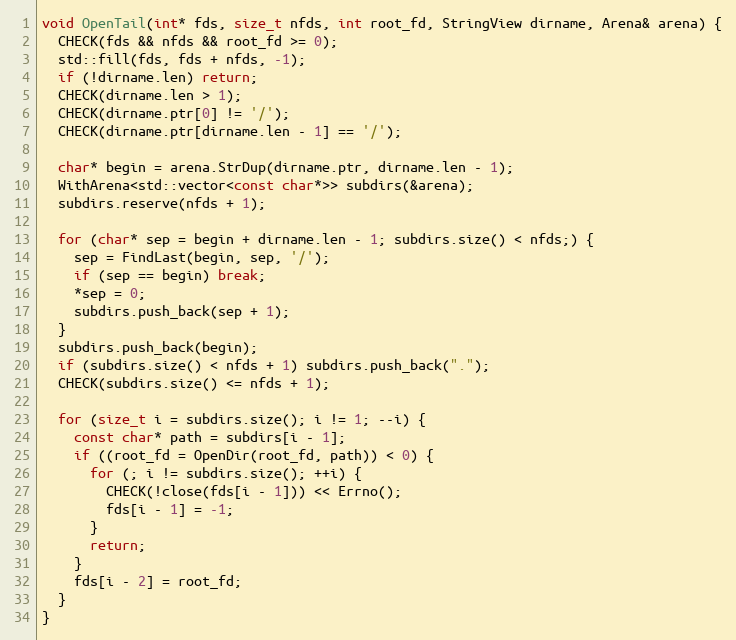
Language: C++
void OpenTail(int* fds, size_t nfds, int root_fd, StringView dirname, Arena& arena) {
  CHECK(fds && nfds && root_fd >= 0);
  std::fill(fds, fds + nfds, -1);
  if (!dirname.len) return;
  CHECK(dirname.len > 1);
  CHECK(dirname.ptr[0] != '/');
  CHECK(dirname.ptr[dirname.len - 1] == '/');

  char* begin = arena.StrDup(dirname.ptr, dirname.len - 1);
  WithArena<std::vector<const char*>> subdirs(&arena);
  subdirs.reserve(nfds + 1);

  for (char* sep = begin + dirname.len - 1; subdirs.size() < nfds;) {
    sep = FindLast(begin, sep, '/');
    if (sep == begin) break;
    *sep = 0;
    subdirs.push_back(sep + 1);
  }
  subdirs.push_back(begin);
  if (subdirs.size() < nfds + 1) subdirs.push_back(".");
  CHECK(subdirs.size() <= nfds + 1);

  for (size_t i = subdirs.size(); i != 1; --i) {
    const char* path = subdirs[i - 1];
    if ((root_fd = OpenDir(root_fd, path)) < 0) {
      for (; i != subdirs.size(); ++i) {
        CHECK(!close(fds[i - 1])) << Errno();
        fds[i - 1] = -1;
      }
      return;
    }
    fds[i - 2] = root_fd;
  }
}